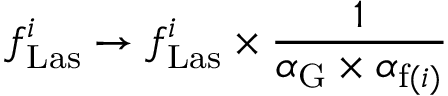
f _ { \mathrm { L a s } } ^ { i } \to f _ { \mathrm { L a s } } ^ { i } \times \frac { 1 } { \alpha _ { \mathrm { G } } \times \alpha _ { \mathrm { f } ( i ) } }